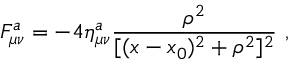
F _ { \mu \nu } ^ { a } = - 4 \eta _ { \mu \nu } ^ { a } \frac { \rho ^ { 2 } } { [ ( x - x _ { 0 } ) ^ { 2 } + \rho ^ { 2 } ] ^ { 2 } } \ ,